Civil Veterinary Department Bihar reports 1936-40 - 1936-1940
Year: 1936
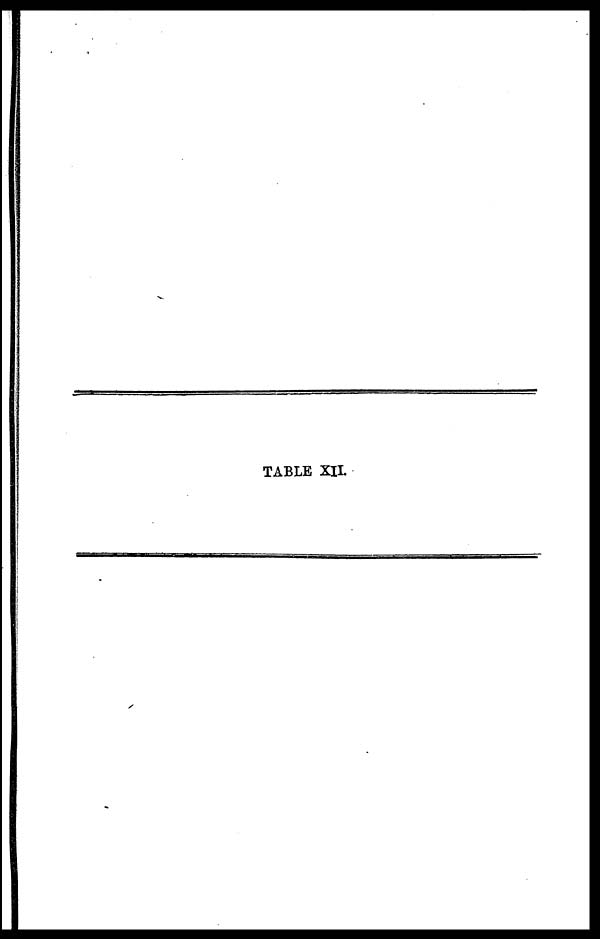
TABLE XII.